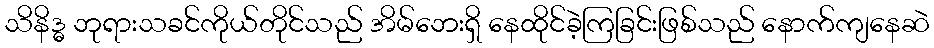
သိနိဒ္ဓ ဘုရားသခင်ကိုယ်တိုင်သည် အိမ်ဘေးရှိ နေထိုင်ခဲ့ကြခြင်းဖြစ်သည် နောက်ကျနေဆဲ